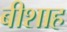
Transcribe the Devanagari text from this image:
बीशाह